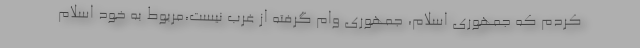
کردم که جمهوری اسلام، جمهوری وام گرفته از غرب نیست،‌مربوط به خود اسلام